Vaccination in Burma 1920-1933 - 1920-1933
Year: 1920
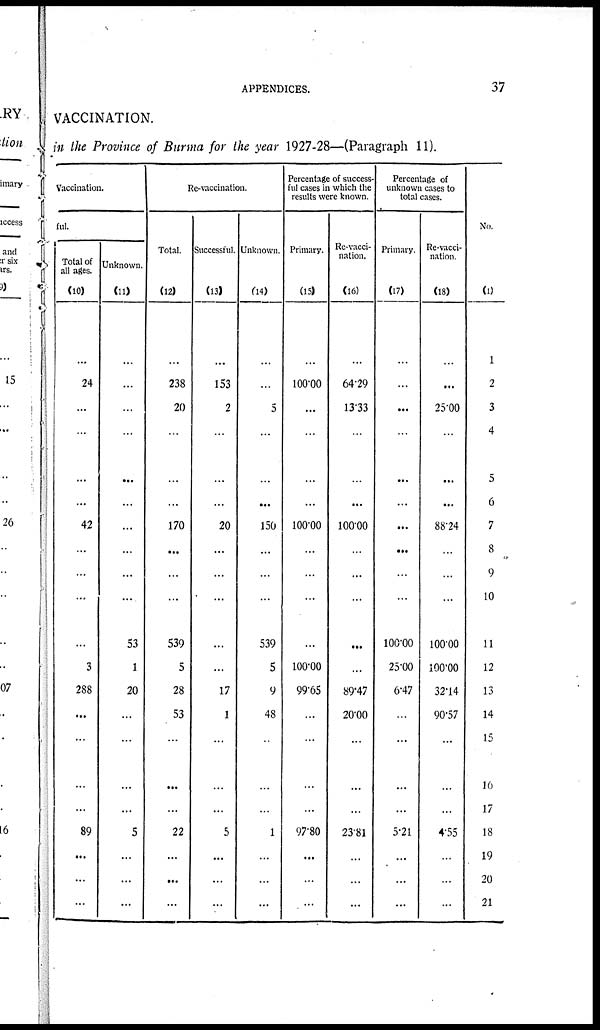
APPENDICES.
37
VACCINATION.
in the Province of Burma for the year 1927-28—(Paragraph 11).
Vaccination.
ful.
Total of
all ages.
(10)
...
24
...
...
...
...
42
...
...
...
...
3
288
...
...
...
...
89
...
...
...
Unknown.
(11)
...
...
...
...
...
...
...
...
...
...
53
1
20
...
...
...
...
5
...
...
...
Re-vaccination.
Total.
(12)
...
238
20
...
...
...
170
...
...
...
539
5
28
53
...
...
...
22
...
...
...
Successful.
(13)
...
153
2
...
...
...
20
...
...
...
...
...
17
1
...
...
...
5
...
...
...
Unknown.
(14)
...
...
5
...
...
...
150
...
...
...
539
5
9
48
...
...
...
1
...
...
...
Percentage of success-
ful cases in which the
results were known.
Primary.
(15)
...
100.00
...
...
...
...
100.00
...
...
...
...
100.00
99.65
...
...
...
...
97.80
...
...
...
Re-vacci-
nation.
(16)
...
64.29
13.33
...
...
...
100.00
...
...
...
...
...
89.47
20.00
...
...
...
23.81
...
...
...
Percentage of
unknown cases to
total cases.
Primary.
(17)
...
...
...
...
...
...
...
...
...
...
100.00
25.00
6.47
...
...
...
...
5.21
...
...
...
Re-vacci-
nation.
(18)
...
...
25.00
...
...
...
88.24
...
...
...
100.00
100.00
32.14
90.57
...
...
...
4.55
...
...
...
No.
(1)
1
2
3
4
5
6
7
8
9
10
11
12
13
14
15
16
17
18
19
20
21